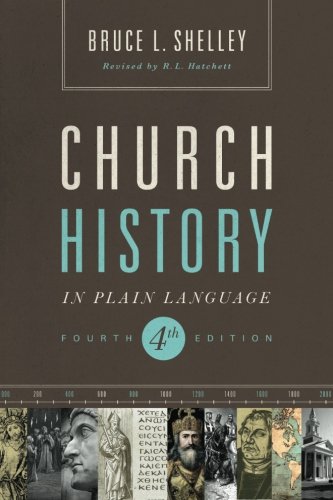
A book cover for Church History in Plain Language: Fourth Edition; Bruce Shelley; Christian Books & Bibles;